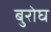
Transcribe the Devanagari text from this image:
बुरोघ